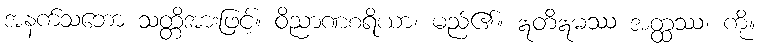
အနက်သဘော သတ္တိအားဖြင့်။ ဝိညာဏစရိယာ၊ မည်၏။ ဣတိဣမဿ အတ္ထဿ၊ ကို။